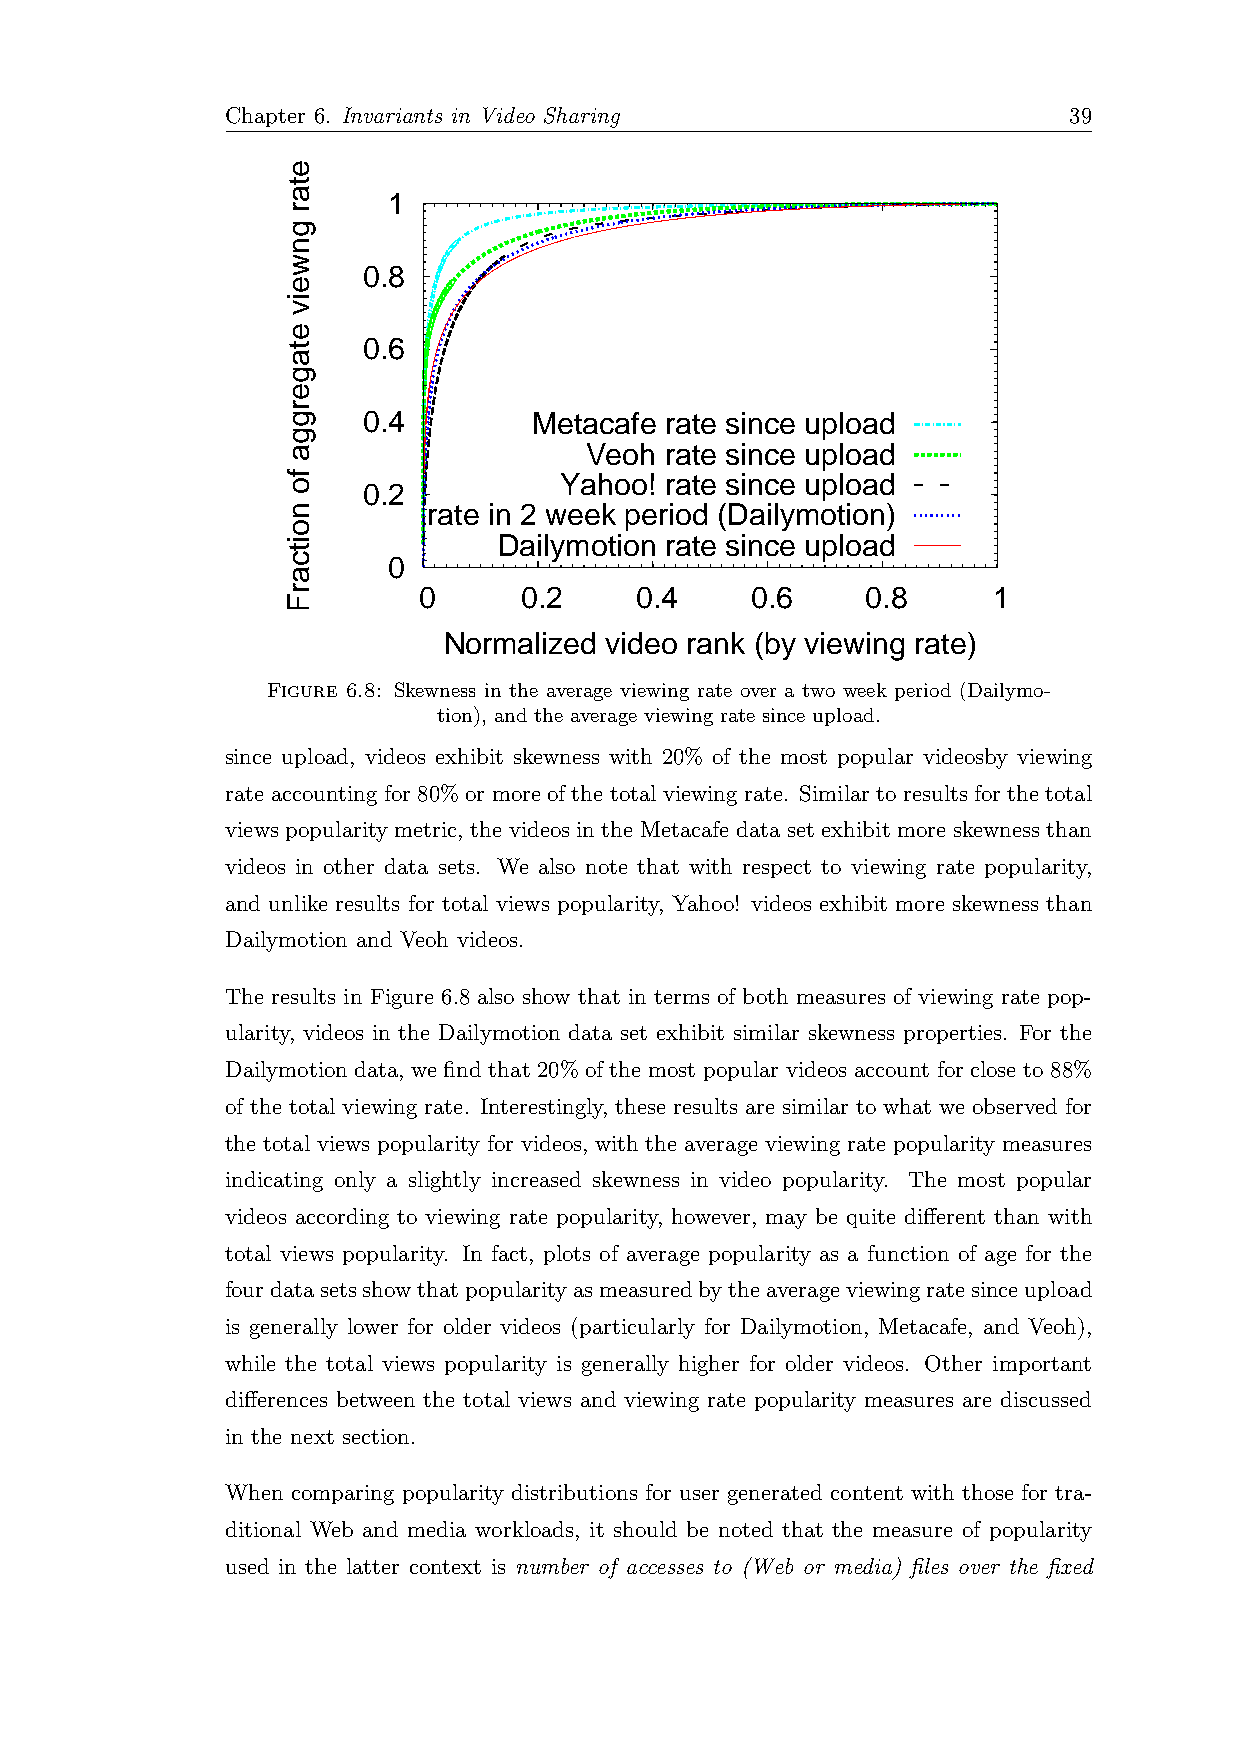
Chapter 6. Invariants in Video Sharing                  39
 1
 0.8
 0.6
 0.4        Metacafe rate since upload
 Veoh rate since upload
 Yahoo! rate since upload
 0.2
 rate in 2 week period (Dailymotion)
 Dailymotion rate since upload
 0
 0     0.2     0.4     0.6    0.8      1
 Normalized video rank (by viewing rate)
 Figure 6.8: Skewness in the average viewing rate over a two week period (Dailymo-
 tion), and the average viewing rate since upload.
 since upload, videos exhibit skewness with 20% of the most popular videosby viewing
 rateaccountingfor80%ormoreofthetotalviewingrate. Similartoresultsforthetotal
 views popularity metric, the videos in the Metacafe data set exhibit more skewness than
 videos in other data sets. We also note that with respect to viewing rate popularity,
 and unlike results for total views popularity, Yahoo! videos exhibit more skewness than
 Dailymotion and Veoh videos.
 The results in Figure 6.8 also show that in terms of both measures of viewing rate pop-
 ularity, videos in the Dailymotion data set exhibit similar skewness properties. For the
 Dailymotion data, we find that 20% of the most popular videos account for close to 88%
 of the total viewing rate. Interestingly, these results are similar to what we observed for
 the total views popularity for videos, with the average viewing rate popularity measures
 indicating only a slightly increased skewness in video popularity. The most popular
 videos according to viewing rate popularity, however, may be quite different than with
 total views popularity. In fact, plots of average popularity as a function of age for the
 fourdatasetsshowthatpopularityasmeasuredbytheaverageviewingratesinceupload
 is generally lower for older videos (particularly for Dailymotion, Metacafe, and Veoh),
 while the total views popularity is generally higher for older videos. Other important
 differences between the total views and viewing rate popularity measures are discussed
 in the next section.
 When comparing popularity distributions for user generated content with those for tra-
 ditional Web and media workloads, it should be noted that the measure of popularity
 used in the latter context is number of accesses to (Web or media) files over the fixed
 etar
 gnweiv
 etagergga
 fo
 noitcarF